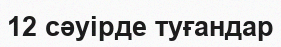
12 сәуірде туғандар